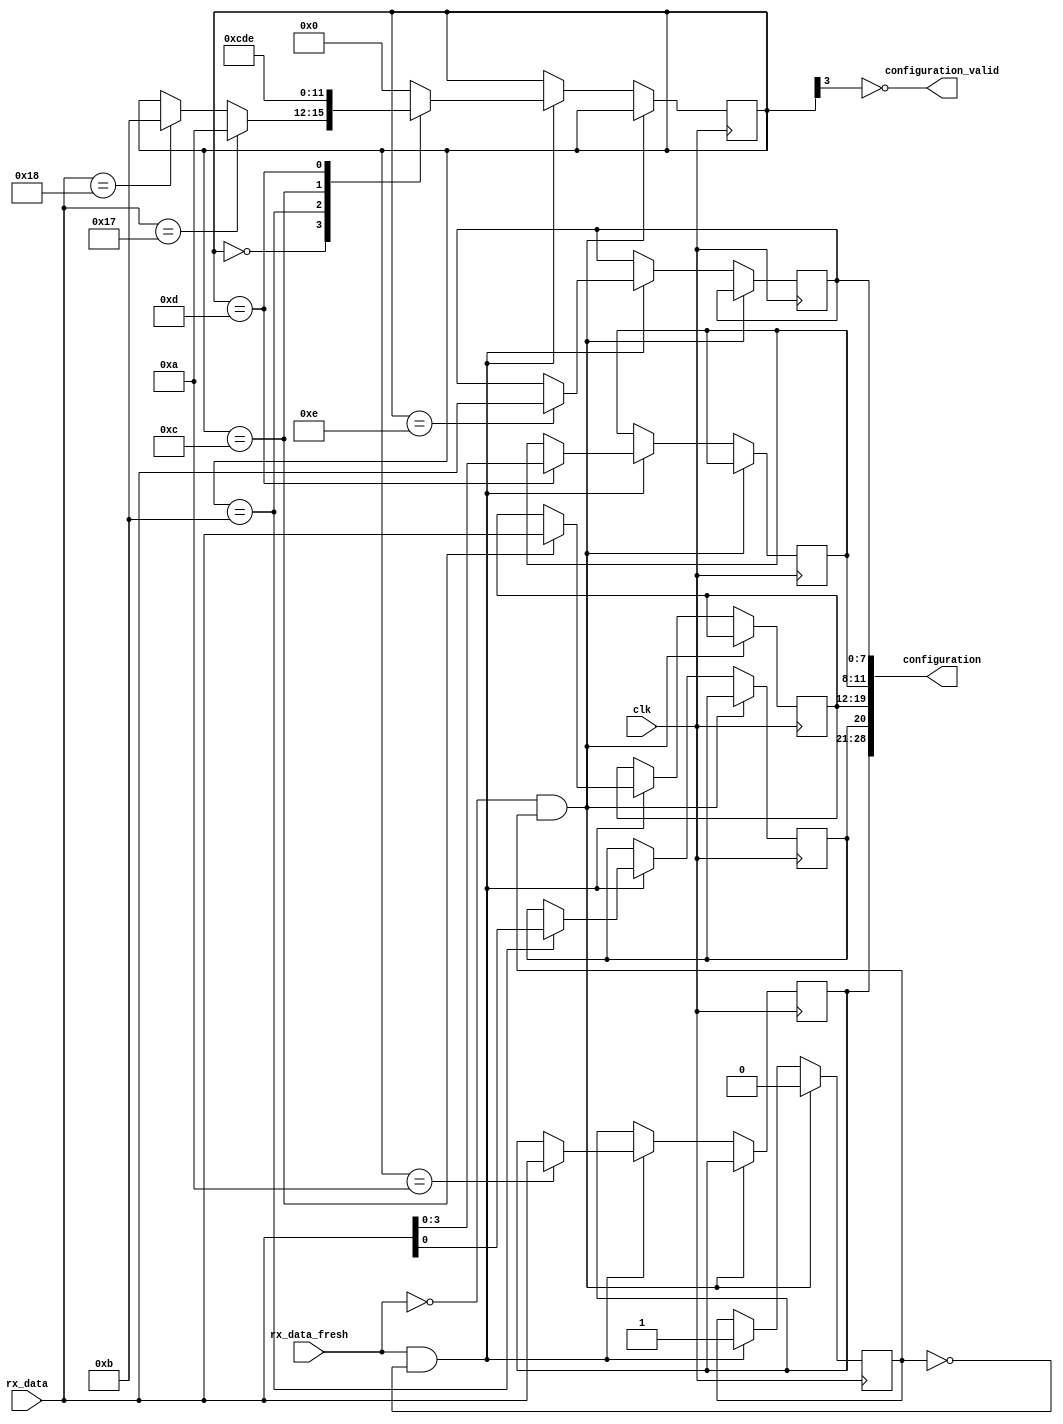
// control
// probably best to put control logic right here
// after receiving a control sequence, always invoke rst
// control should have:
//	command 1 byte
//  
//	command mode
// 	oscilloscope or logic analyser 1 byte
//
//	command reset
//  duration in cycles 1 byte
//
//	command acquire
//	threshold edge neg/pos 1 byte
// 	threshold 1 byte
//	trigger pattern 2 bytes (1 for relevant bit count 1 for pattern)

module parse_command(clk, rx_data, rx_data_fresh, configuration, configuration_valid);
   input clk;
   input [7:0] rx_data;
   input rx_data_fresh;
   
   output [28:0] configuration;
   output configuration_valid;
   
   reg rx_data_processed;

   reg [7:0] sampling_rate;
   reg 	     trigger_edge;
   reg [7:0] threshold;
   reg [3:0] pattern_len;
   reg [7:0] pattern;

   wire [28:0] configuration = {sampling_rate, trigger_edge, threshold, pattern_len, pattern};
   
   reg [3:0]  state;
   wire       configuration_valid = ~state[3];
   
   parameter STATE_IDLE = 4'b0000;
   
   parameter STATE_CMD_START = 4'b1001;
   
   parameter CMD_SAMPLING_RATE = 23;
   parameter STATE_POS_SAMPL = 4'b1010;
   
   // setup trigger
   parameter CMD_TRIGGER = 24;
   parameter STATE_POS_EDGE = 4'b1011;
   parameter STATE_POS_THRESH = 4'b1100;
   parameter STATE_POS_PAT_LEN = 4'b1101;
   parameter STATE_POS_PAT = 4'b1110;

   parameter STATE_END = 4'b1111;

   reg 	      rx_data_consumed;
   
   always @(posedge clk) begin
      
      if(!rx_data_fresh && rx_data_consumed) begin
	 rx_data_consumed <= 0;
      end      
      else if(rx_data_fresh && !rx_data_consumed) begin
	 rx_data_consumed <= 1;

	 case(state)
	   STATE_IDLE: begin
	      if(rx_data == CMD_SAMPLING_RATE) begin
		 state <= STATE_POS_SAMPL;
	      end
	      else if(rx_data == CMD_TRIGGER) begin
		 state <= STATE_POS_EDGE;
	      end
	      // otherwise continue to idle
	   end
	   
	   // setup sampling rate
	   STATE_POS_SAMPL: begin
	      sampling_rate <= rx_data;
	      state <= STATE_IDLE;
	   end
	   
	   // setup trigger
	   STATE_POS_EDGE: begin
	      trigger_edge <= rx_data[0];
	      state <= STATE_POS_THRESH;
	   end
	   STATE_POS_THRESH: begin
	      threshold <= rx_data;
	      state <= STATE_POS_PAT_LEN;
	   end
	   STATE_POS_PAT_LEN: begin
	      pattern_len <= rx_data[3:0];
	      state <= STATE_POS_PAT;
	   end
	   STATE_POS_PAT: begin
	      pattern <= rx_data;
	      state <= STATE_IDLE;
	   end
	   
	   // wait a bit before setting config valid to true
	   STATE_END: begin
	      state <= STATE_IDLE;
	   end
	   
	   // recover
	   default: begin
	      state <= STATE_IDLE;
	   end
	 endcase // case (state)
      end // if (grant && rx_data_fresh && !rx_data_consumed)
   end
endmodule // control